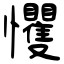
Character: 戄